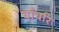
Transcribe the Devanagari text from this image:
चाँचरि